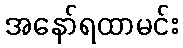
အနော်ရထာမင်း